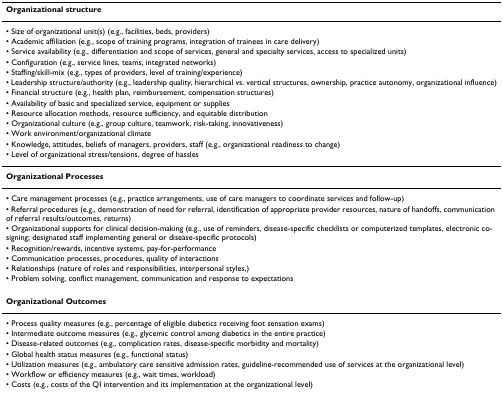
<table><thead><tr><td><b>Organizational structure</b></td></tr></thead><tbody><tr><td>• Size of organizational unit(s) (e.g., facilities, beds, providers)</td></tr><tr><td>• Academic affiliation (e.g., scope of training programs, integration of trainees in care delivery)</td></tr><tr><td>• Service availability (e.g., differentiation and scope of services, general and specialty services, access to specialized units)</td></tr><tr><td>• Configuration (e.g., service lines, teams, integrated networks)</td></tr><tr><td>• Staffing/skill-mix (e.g., types of providers, level of training/experience)</td></tr><tr><td>• Leadership structure/authority (e.g., leadership quality, hierarchical vs. vertical structures, ownership, practice autonomy, organizational influence)</td></tr><tr><td>• Financial structure (e.g., health plan, reimbursement, compensation structures)</td></tr><tr><td>• Availability of basic and specialized service, equipment or supplies</td></tr><tr><td>• Resource allocation methods, resource sufficiency, and equitable distribution</td></tr><tr><td>• Organizational culture (e.g., group culture, teamwork, risk-taking, innovativeness)</td></tr><tr><td>• Work environment/organizational climate</td></tr><tr><td>• Knowledge, attitudes, beliefs of managers, providers, staff (e.g., organizational readiness to change)</td></tr><tr><td>• Level of organizational stress/tensions, degree of hassles</td></tr><tr><td><b>Organizational Processes</b></td></tr><tr><td>• Care management processes (e.g., practice arrangements, use of care managers to coordinate services and follow-up)</td></tr><tr><td>• Referral procedures (e.g., demonstration of need for referral, identification of appropriate provider resources, nature of handoffs, communication of referral results/outcomes, returns)</td></tr><tr><td>• Organizational supports for clinical decision-making (e.g., use of reminders, disease-specific checklists or computerized templates, electronic co-signing; designated staff implementing general or disease-specific protocols)</td></tr><tr><td>• Recognition/rewards, incentive systems, pay-for-performance</td></tr><tr><td>• Communication processes, procedures, quality of interactions</td></tr><tr><td>• Relationships (nature of roles and responsibilities, interpersonal styles,)</td></tr><tr><td>• Problem solving, conflict management, communication and response to expectations</td></tr><tr><td><b>Organizational Outcomes</b></td></tr><tr><td>• Process quality measures (e.g., percentage of eligible diabetics receiving foot sensation exams)</td></tr><tr><td>• Intermediate outcome measures (e.g., glycemic control among diabetics in the entire practice)</td></tr><tr><td>• Disease-related outcomes (e.g., complication rates, disease-specific morbidity and mortality)</td></tr><tr><td>• Global health status measures (e.g., functional status)</td></tr><tr><td>• Utilization measures (e.g., ambulatory care sensitive admission rates, guideline-recommended use of services at the organizational level)</td></tr><tr><td>• Workflow or efficiency measures (e.g., wait times, workload)</td></tr><tr><td>• Costs (e.g., costs of the QI intervention and its implementation at the organizational level)</td></tr></tbody></table>